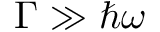
\Gamma \gg \hbar \omega